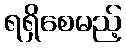
ရရှိစေမည့်